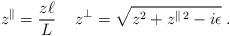
LaTeX: \begin{align*} z^{\|}= \frac{ z\ell }{L} \,\quad z^{\perp} = \sqrt{z^{2}+z^{\|\, 2}-i\epsilon} \;.\end{align*}